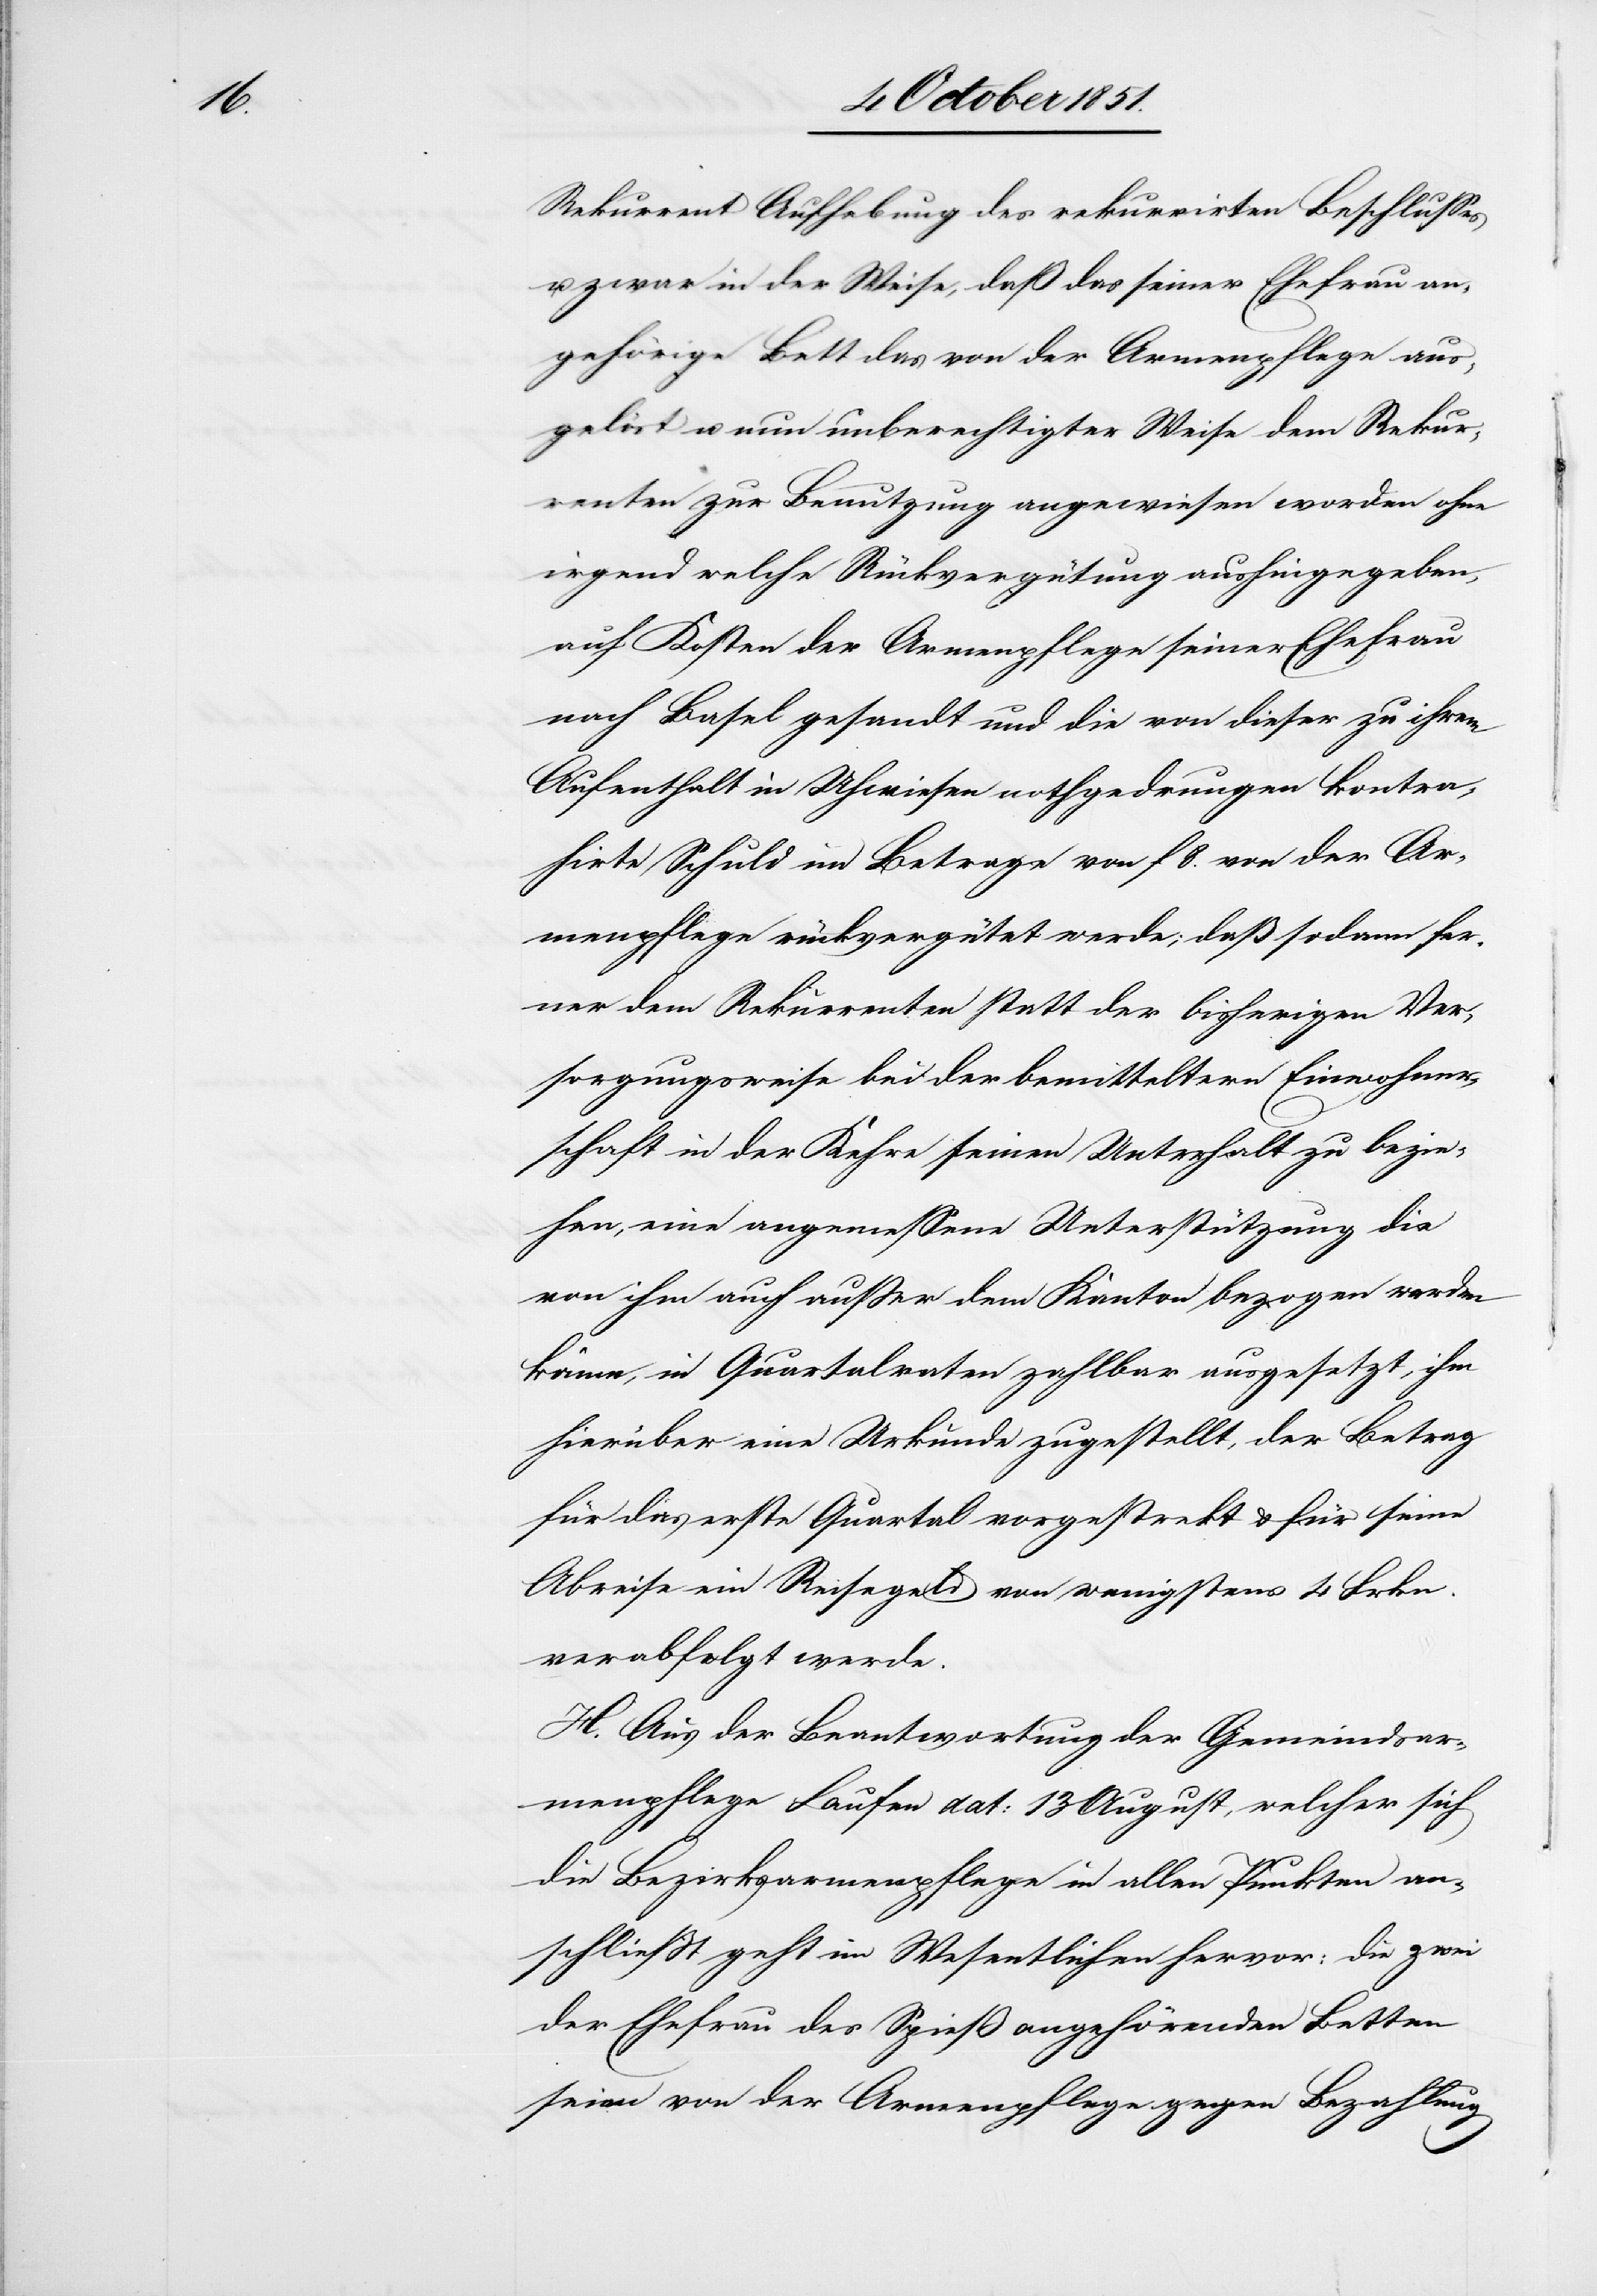
Rekurrent Aufhebung des rekurrirten Beschlusses
u. zwar in der Weise, daß das seiner Ehefrau an¬
gehörige Bett das von der Armenpflege aus¬
gelöst u. nun unberechtigter Weise dem Rekur¬
renten zur Benutzung angewiesen worden ohne
irgend welche Rückvergütung aushingegeben,
auf Kosten der Armenpflege seiner Ehefrau
nach Basel gesandt und die von dieser zu ihrem
Aufenthalt in Uhwiesen nothgedrungen kontra¬
hirte Schuld im Betrage von f 8. von der Ar¬
menpflege rückvergütet werde; daß sodann fer¬
ner dem Rekurrenten statt der bisherigen Ver¬
sorgungsweise bei der bemitteltern Einwohner¬
schaft in der Kehre seinen Unterhalt zu bezie¬
hen, eine angemessene Unterstützung die
von ihm auch außer dem Kanton bezogen werden
könne, in Quartalraten zahlbar ausgesetzt, ihm
hierüber eine Urkunde zugestellt, der Betrag
für das erste Quartal vorgestrekt & für seine
Abreise ein Reisegeld von wenigstens 4 Frkn.
verabfolgt werde.
H. Aus der Beantwortung der Gemeindsar¬
menpflege Laufen dat: 13 August, welcher sich
die Bezirksarmenpflege in allen Punkten an¬
schließt geht im Wesentlichen hervor: die zwei
der Ehefrau des Spieß angehörenden Betten
seien von der Armenpflege gegen Bezahlung